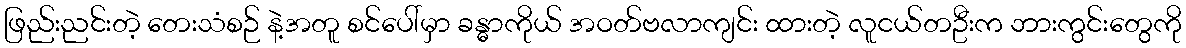
ဖြည်းညင်းတဲ့ တေးသံစဉ် နဲ့အတူ စင်ပေါ်မှာ ခန္ဓာကိုယ် အဝတ်ဗလာကျင်း ထားတဲ့ လူငယ်တဦးက ဘားကွင်းတွေကို